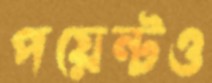
পয়েন্টও